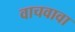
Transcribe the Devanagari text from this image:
वाचवावा